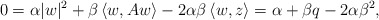
\begin{align*} 0 = \alpha |w|^2 + \beta\left\langle w,Aw\right\rangle - 2\alpha\beta\left\langle w,z\right\rangle = \alpha + \beta q - 2\alpha\beta^2, \end{align*}